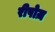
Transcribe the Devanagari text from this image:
रीपोज़